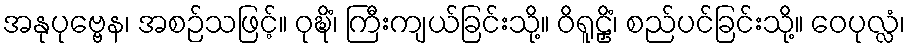
အနုပုဗ္ဗေန၊ အစဉ်သဖြင့်။ ဝုဍ္ဎိံ၊ ကြီးကျယ်ခြင်းသို့။ ဝိရူဠှိံ၊ စည်ပင်ခြင်းသို့။ ဝေပုလ္လံ၊